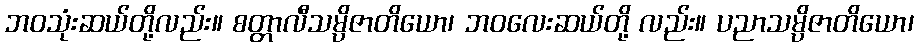
ဘဝသုံးဆယ်တို့လည်း။ စတ္တာလီသမ္ပိဇာတိယော၊ ဘဝလေးဆယ်တို့ လည်း။ ပညာသမ္ပိဇာတိယော၊